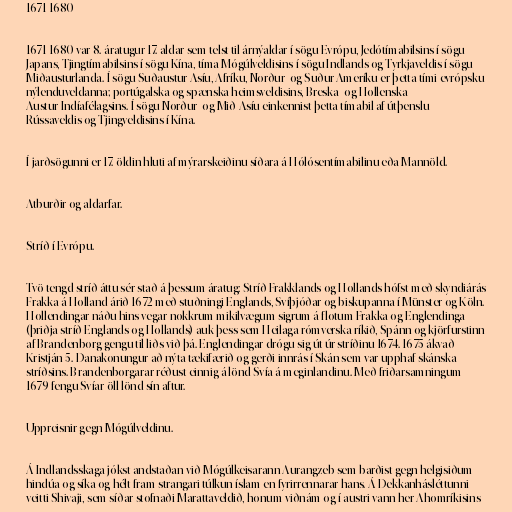
1671-1680

1671-1680 var 8. áratugur 17. aldar sem telst til árnýaldar í sögu Evrópu, Jedótímabilsins í sögu
Japans, Tjingtímabilsins í sögu Kína, tíma Mógúlveldisins í sögu Indlands og Tyrkjaveldis í sögu
Miðausturlanda. Í sögu Suðaustur-Asíu, Afríku, Norður- og Suður-Ameríku er þetta tími evrópsku
nýlenduveldanna; portúgalska og spænska heimsveldisins, Breska- og Hollenska
Austur-Indíafélagsins. Í sögu Norður- og Mið-Asíu einkennist þetta tímabil af útþenslu
Rússaveldis og Tjingveldisins í Kína.

Í jarðsögunni er 17. öldin hluti af mýrarskeiðinu síðara á Hólósentímabilinu eða Mannöld.

Atburðir og aldarfar.

Stríð í Evrópu.

Tvö tengd stríð áttu sér stað á þessum áratug: Stríð Frakklands og Hollands hófst með skyndiárás
Frakka á Holland árið 1672 með stuðningi Englands, Svíþjóðar og biskupanna í Münster og Köln.
Hollendingar náðu hins vegar nokkrum mikilvægum sigrum á flotum Frakka og Englendinga
(þriðja stríð Englands og Hollands) auk þess sem Heilaga rómverska ríkið, Spánn og kjörfurstinn
af Brandenborg gengu til liðs við þá. Englendingar drógu sig út úr stríðinu 1674. 1675 ákvað
Kristján 5. Danakonungur að nýta tækifærið og gerði innrás í Skán sem var upphaf skánska
stríðsins. Brandenborgarar réðust einnig á lönd Svía á meginlandinu. Með friðarsamningum
1679 fengu Svíar öll lönd sín aftur.

Uppreisnir gegn Mógúlveldinu.

Á Indlandsskaga jókst andstaðan við Mógúlkeisarann Aurangzeb sem barðist gegn helgisiðum
hindúa og síka og hélt fram strangari túlkun íslam en fyrirrennarar hans. Á Dekkanhásléttunni
veitti Shivaji, sem síðar stofnaði Marattaveldið, honum viðnám og í austri vann her Ahomríkisins